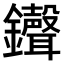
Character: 𫓠